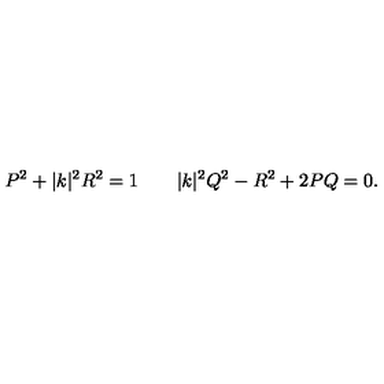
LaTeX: P ^ { 2 } + | k | ^ { 2 } R ^ { 2 } = 1 \qquad | k | ^ { 2 } Q ^ { 2 } - R ^ { 2 } + 2 P Q = 0 .